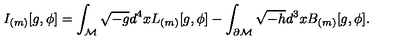
I _ { ( m ) } [ g , \phi ] = \int _ { \cal M } \sqrt { - g } d ^ { 4 } x L _ { ( m ) } [ g , \phi ] - \int _ { \partial { \cal M } } \sqrt { - h } d ^ { 3 } x B _ { ( m ) } [ g , \phi ] .